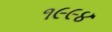
૧૯૯૪